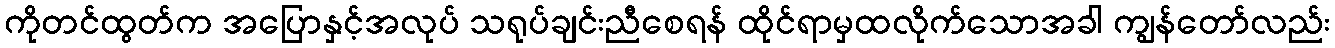
ကိုတင်ထွတ်က အပြောနှင့်အလုပ် သရုပ်ချင်းညီစေရန် ထိုင်ရာမှထလိုက်သောအခါ ကျွန်တော်လည်း